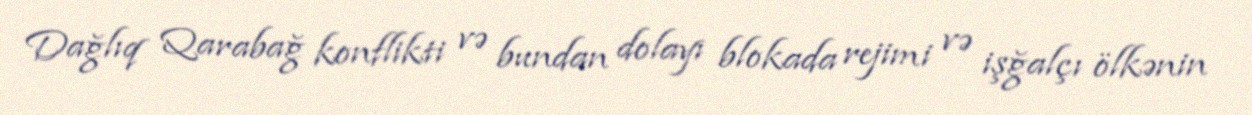
Dağlıq Qarabağ konflikti və bundan dolayı blokada rejimi və işğalçı ölkənin